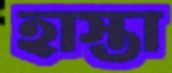
হাস্তা